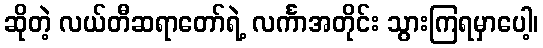
ဆိုတဲ့ လယ်တီဆရာတော်ရဲ့ လင်္ကာအတိုင်း သွားကြရမှာပေါ့၊